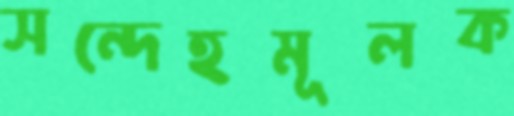
সন্দেহমূলক